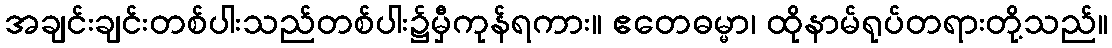
အချင်းချင်းတစ်ပါးသည်တစ်ပါး၌မှီကုန်ရကား။ ဧတေဓမ္မာ၊ ထိုနာမ်ရုပ်တရားတို့သည်။